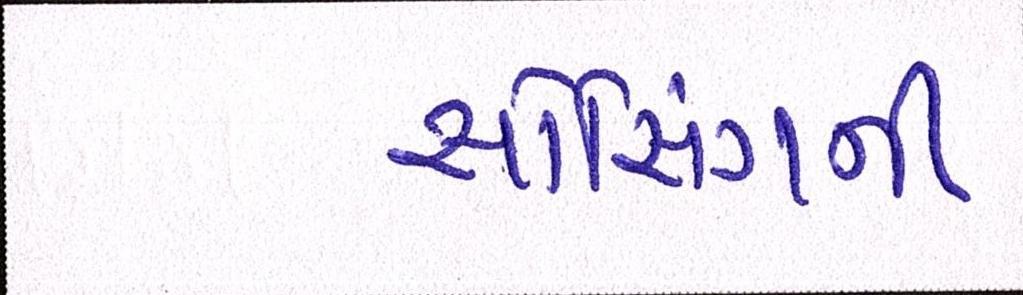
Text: સોર્સિંગની